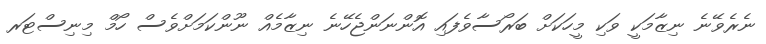
ނެރެވޭނެ ނިޒާމަކީ ވަކި މީހަކަށް ބަރޯސާވެފައި އޮންނަންޖެހޭނެ ނިޒާމެއް ނޫންކަމަށްވެސް ހޯމް މިނިސްޓަރ